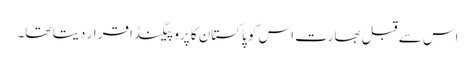
اس سے قبل بھارت اس کو پاکستان کا پروپیگنڈا قرار دیتا تھا۔